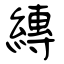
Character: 縳